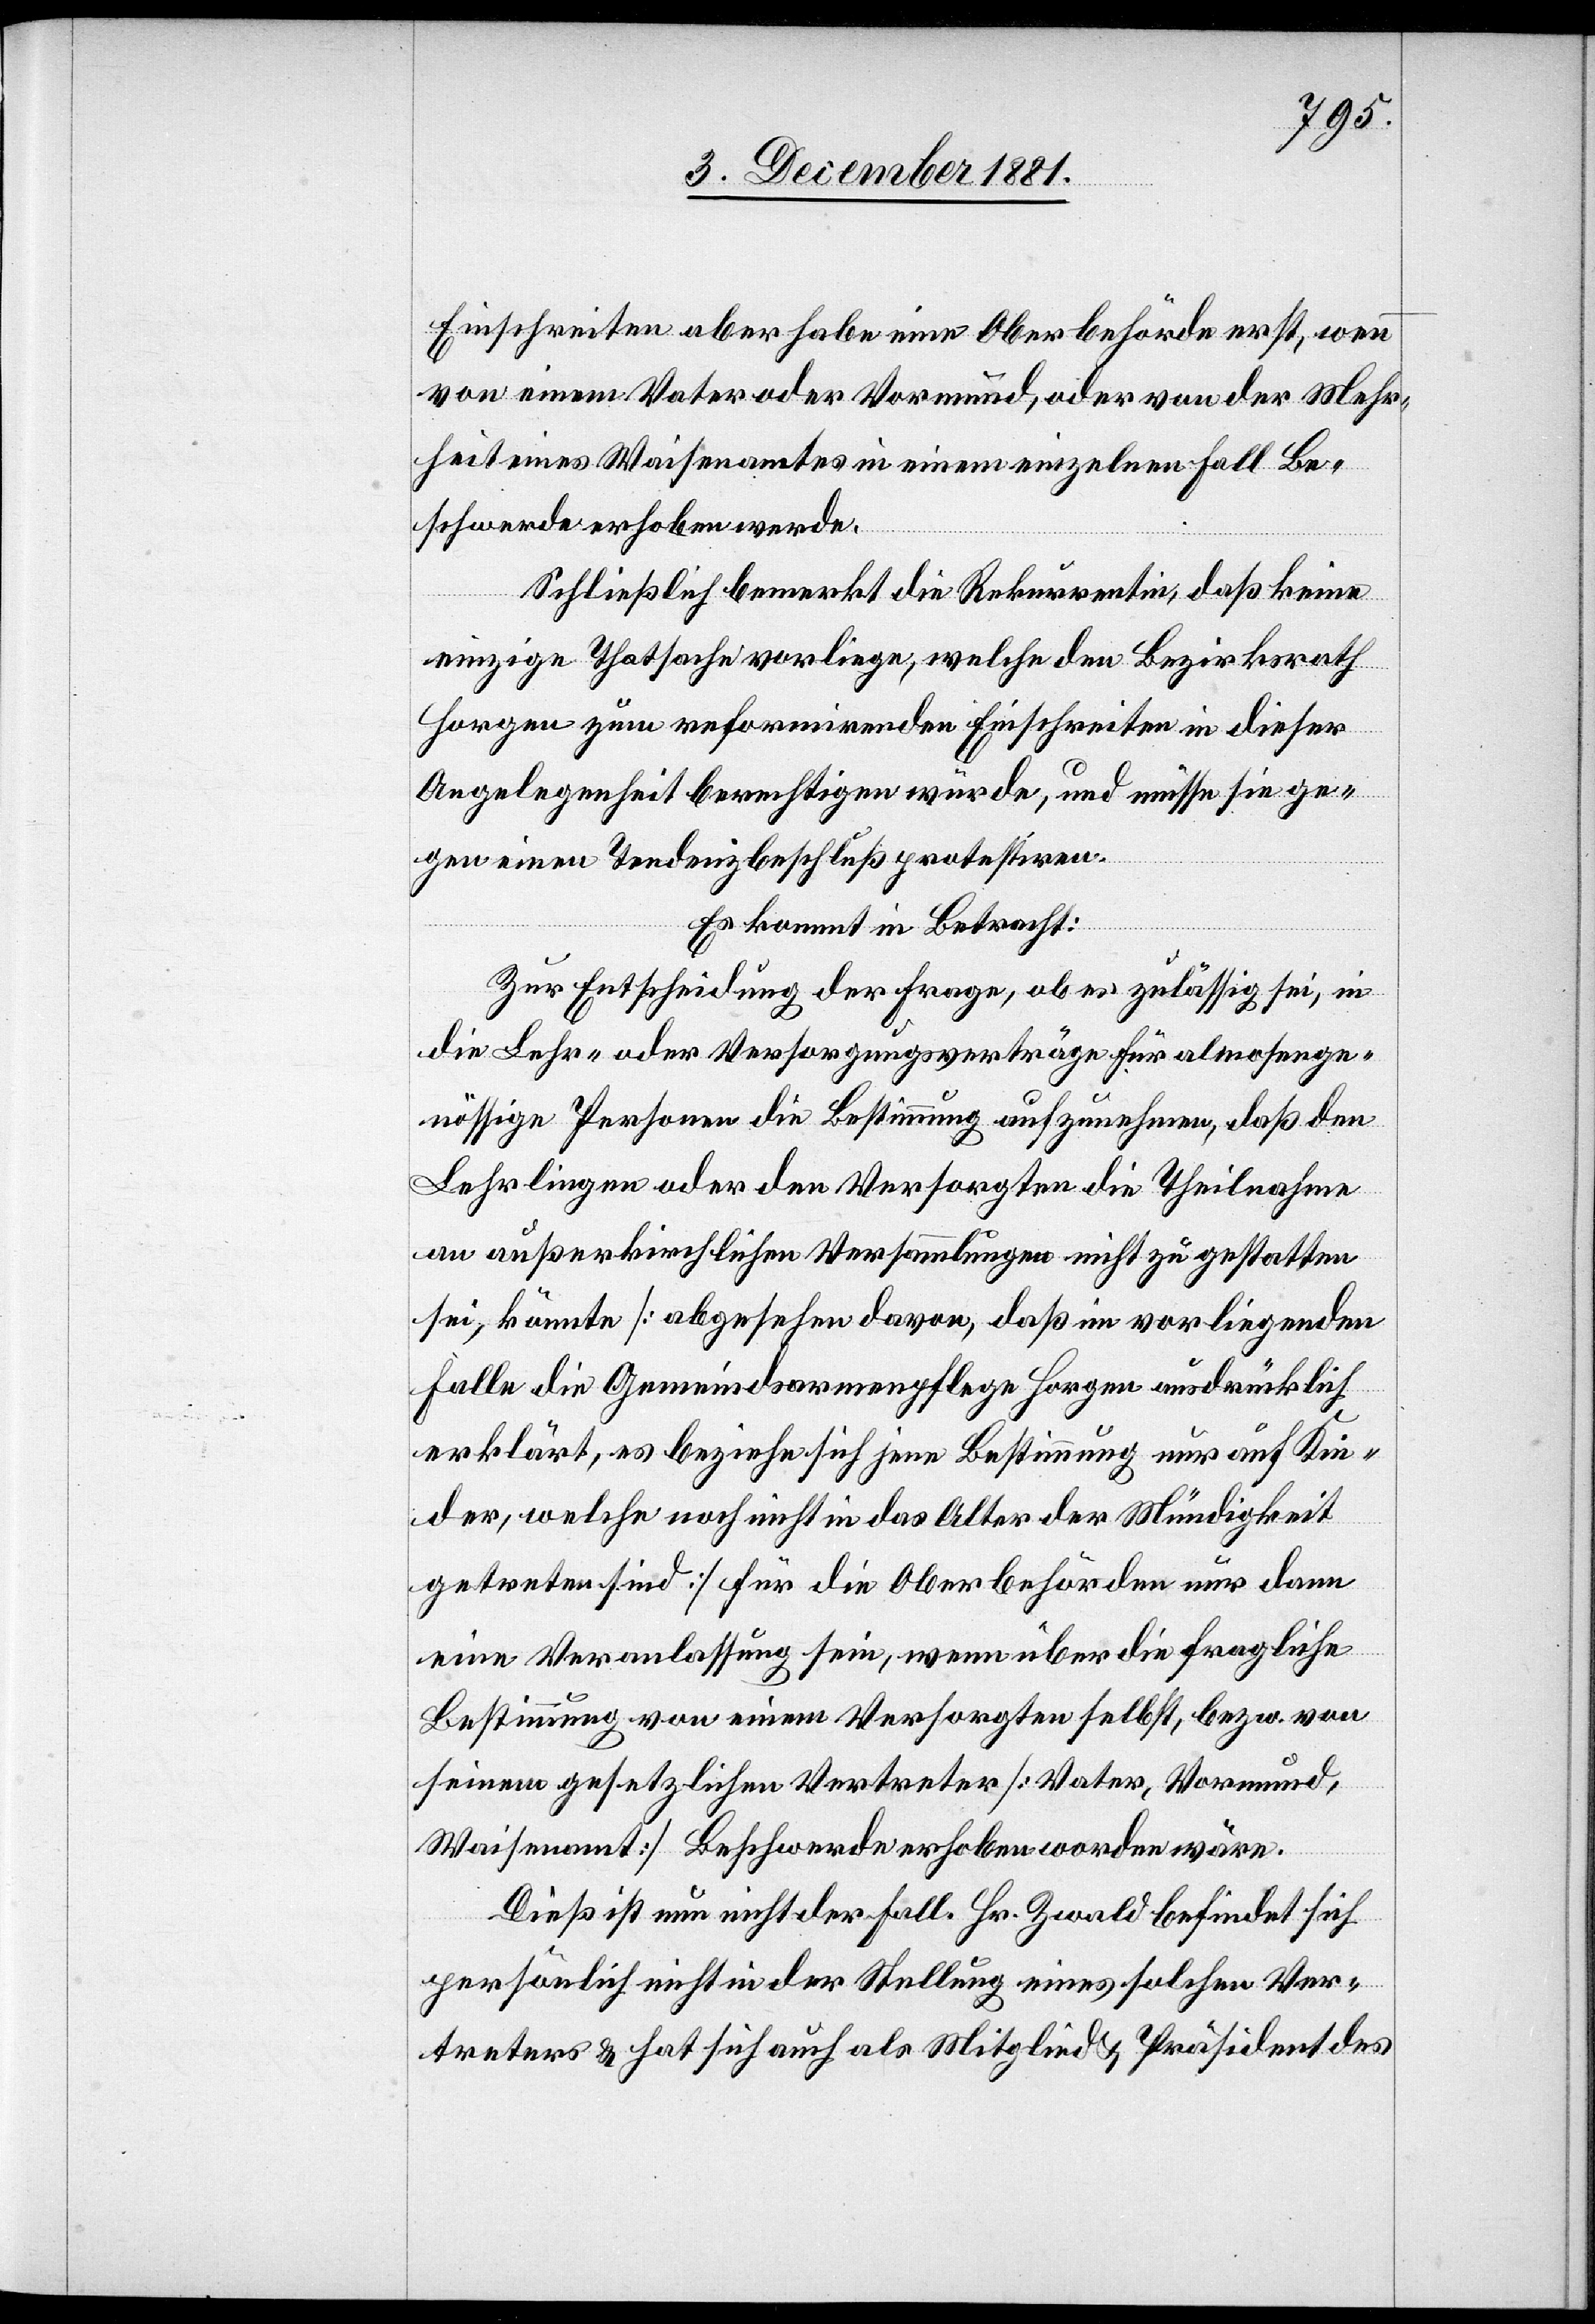
Einschreiten aber habe eine Oberbehörde erst, wenn
von einem Vater oder Vormund, oder von der Mehr¬
heit eines Waisenamtes in einem einzelnen Fall Be¬
schwerde erhoben werde.
Schließlich bemerkt die Rekurrentin, daß keine
einzige Thatsache vorliege, welche den Bezirksrath
Horgen zum reformirenden Einschreiten in dieser
Angelegenheit berechtigen würde, und müsse sie ge¬
gen einen Tendenzbeschluß protestiren.
Es kommt in Betracht:
Zur Entscheidung der Frage, ob es zulässig sei, in
die Lehr- oder Versorgungsverträge für almosenge¬
nössige Personen die Bestimmung aufzunehmen, daß den
Lehrlingen oder den Versorgten die Theilnahme
an außerkirchlichen Versammlungen nicht zu gestatten
sei, könnte [abgesehen davon, daß im vorliegenden
Falle die Gemeindsarmenpflege Horgen ausdrücklich
erklärt, es beziehe sich jene Bestimmung nur auf Kin¬
der, welche noch nicht in das Alter der Mündigkeit
getreten sind] für die Oberbehörden nur dann
eine Veranlassung sein, wenn über die fragliche
Bestimmung von einem Versorgten selbst, bezw. von
seinem gesetzlichen Vertreter [Vater, Vormund,
Waisenamt] Beschwerde erhoben worden wäre.
Dieß ist nun nicht der Fall. Hr. Zwald befindet sich
persönlich nicht in der Stellung eines solchen Ver¬
treters & hat sich auch als Mitglied & Präsident des